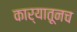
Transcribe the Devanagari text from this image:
कार्यातूनच